Annual report on the working of the mental hospitals in the Madras Presidency - 1912-1932
Year: 1912
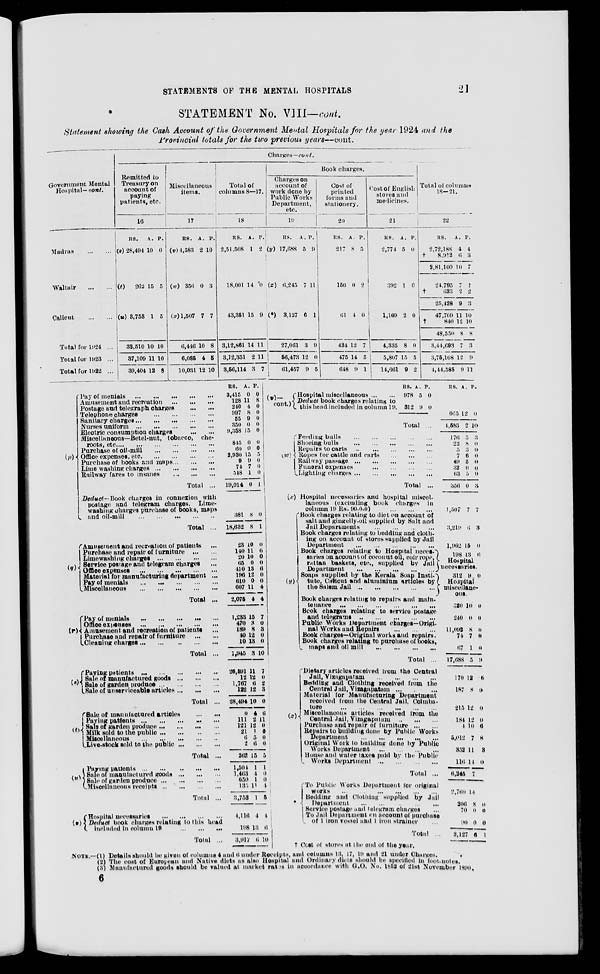
STATEMENTS OF THE MENTAL HOSPITALS
21
STATEMENT No. VIII—cont.
Statement showing the Cash Account of the Government Mental Hospitals for the year 1924 and the
Provincial totals for the two previous years—cont.
Government Mental
Hospital—cont.
Madras
...
...
Waltair
...
...
Calicut
...
...
Total for 1924 ...
Total for 1923 ...
Total for 1922 ...
Charges—cont.
Remitted to
Treasury on
account of
paying
patients, etc.
16
RS.
(s) 28,494
A.
10
P.
0
(t)
262 15 5
(u) 3,753 1 5
32,510
37,109
39,404
10
11
12
10
10
8
Miscellaneous
items.
17
RS.
(v) 4,583
A.
2
P.
10
(w) 356 0 3
(x) 1,507 7 7
6,446
6,085
10,031
10
4
12
8
5
10
Total of
columns 8—17.
18
RS.
2,51,508
A.
1
P.
2
18,001 14 0
43,351 15 9
3,12,861
3,12,351
3,56,114
14
2
3
11
11
7
Book charges.
Charges on
account of
work done by
Public Works
Department,
etc.
19
RS.
(y) 17,688
A.
5
P.
9
(z) 6,245 7 11
(*) 3,127 6 1
27,061
56,473
61,457
3
12
9
9
0
5
Cost of
printed
forms and
stationery.
20
RS.
217
A.
8
P.
5
156 0 2
61 4 0
434
475
648
12
14
9
7
5
1
Cost of English
stores and
medicines.
21
RS.
2,774
A.
5
P.
0
392 1 0
1,169 2 0
4,335
5,807
14,661
8
15
9
0
5
2
Total of columns
18—21.
22
RS.
2,72,188
†
8,912
2,81,100
24,795
†633
25,428
47,709
†
840
48,550
3,44,693
3,75,108
4,44,585
A.
4
6
10
7
2
9
11
12
8
7
12
9
P.
4
3
7
1
2
3
10
10
8
3
9
11
(p)
Pay of menials
...
...
...
...
...
Amusement and recreation
...
...
...
Postage and telegraph, charges
...
...
Telephone charges ... ... ... ...
Sanitary charges
...
...
...
...
...
Nurses uniform
...
...
...
...
...
Electric consumption charges
...
...
Miscellaneous—Betel-nut, tobacco, che-
roots
etc.
...
...
...
...
...
...
Purchase of oil-mill
...
...
...
...
Office expenses, etc.
...
...
...
...
Purchase of books and maps ... ... ...
Lime washing charges
...
...
...
...
Railway fares to
insanes
...
...
...
Total ...
Deduct —Book charges in connexion with
postage and telegram charges. Lime-
washing charges purchase of books, maps
and oil-mill
...
...
...
...
...
Total ...
(q)
Amusement and recreation of patients
...
Purchase and repair of furniture
...
...
Limewashing charges ... ... ... ...
Service postage and telegram charges
...
Office expenses
...
...
...
...
...
Material for manufacturing department ...
Pay of menials
...
...
...
...
...
Miscellaneous
...
...
...
...
...
Total ...
(r)
(s)
Pay of menials ... ... ... ... ...
Office expenses
...
...
...
...
...
Amusement and recreation of patients
...
Purchase and repair of furniture
...
...
Cleaning charges
...
...
...
...
...
Total ...
Paying patients
...
...
...
...
...
Sale of manufactured goods
...
...
...
Sale of garden produce
...
...
...
...
Sale of unserviceable articles
...
...
...
Total ...
(t)
Sale of manufactured articles
...
...
Paying patients ... ... ... ... ...
Sale of garden produce ... ... ... ...
Milk sold to the public
...
...
...
...
Miscellaneous
...
...
...
...
...
Live-stock sold to the public
...
...
...
Total ...
(u)
Paying patients
...
...
...
...
...
Sale of manufactured goods
...
...
...
Sale of garden produce
...
...
...
...
Miscellaneous receipts
...
...
...
...
Total ...
(v)
Hospital necessaries
...
...
...
...
Deduct book charges relating to this head
included In column 19
...
...
...
Total ...
RS.
3,415
128
240
997
55
350
9,358
845
60
2,930
9
74
548
19,014
318
18,632
23
140
20
65
410
196
610
607
2,075
1,233
470
189
40
10
1,945
26,591
12
1,767
122
28,494
0
111
121
21
6
2
262
1,504
1,463
650
135
3,753
4,116
A.
0
11
4
8
9
0
15
0
0
15
9
7
1
0
8
8
10
11
10
0
13
12
0
11
4
15
3
8
12
13
3
11
12
6
12
10
4
2
12
1
5
6
15
1
4
1
11
1
4
P.
0
8
0
0
0
0
0
0
0
5
0
0
0
1
0
1
0
6
0
0
6
0
0
4
4
7
0
3
0
0
10
7
0
2
3
0
6
11
0
0
0
0
5
1
0
0
4
5
4
198
3,917
13
6
6
10
(v)—
cont.)
Hospital miscellaneous ... ...
Deduct book charges relating to
this head included in column 19.
RS.
978
312
A.
5
9
P.
0
0
Total ...
RS. A. P.
665
4,583
12
2
0
10
(w)
Feeding bulls
...
...
...
...
...
Shoeing bulls
...
...
...
...
...
Repairs to carts
...
...
...
...
...
Ropes for cattle and carts
...
...
...
Railway passage
...
...
...
...
...
Funeral expenses ... ... ... ...
Lighting charges
...
...
...
...
...
Total ...
(x)
(y)
Hospital necessaries and hospital miscel-
laneous (excluding book charges in
column 19 Rs. 90-0-0)
...
...
...
Book charges relating to diet on account of
salt and gingelly-oil supplied by Salt and
Jail Departments ... ... ... ...
Book charges relating to bedding and cloth-
ing on account of stores supplied by Jail
Department
...
...
...
...
...
Book charges relating to Hospital neces-
saries on account of coconut oil, coir rope
rattan baskets, etc., supplied by Jail
Department
...
...
...
...
...
Soaps supplied by the Kerala Soap Insti-
tute, Calicut and aluminium articles by
the Salem Jail
...
...
...
...
...
Book charges relating to repairs and main,
tenance
...
...
...
...
...
...
Book charges relating to service postage
and telegrams
...
...
...
...
...
Public Works Department charges—Origi-
nal Works and Repairs ... ... ...
Book charges—Original works and repairs.
Book charges relating to purchase of books.
maps and oil mill
...
...
...
...
Total ...
(z)
Dietary articles received from the Central
Jail, Vizagapatam
...
...
...
...
Bedding and Clothing received from the
Central Jail, Vizagapatam ... ... ...
Material for Manufacturing Department
received from the Central Jail, Coimba-
tore
...
...
...
...
...
...
Miscellaneous articles received from the
Central Jail, Vizagapatam ... ... ...
Purchase and repair of furniture
...
...
Repairs to building done by Public Works
Department ... ... ... ... ...
Original Work to building done by Public
Works Department
...
...
...
...
House and water taxes paid by the Public
Works Department ... ... ... ...
Total ...
To Public Works Department for original
works
...
...
...
...
...
...
Bedding and Clothing supplied by Jail
Department ... ... ... ... ...
Service postage and telegram changes ...
To Jail Department on account of purchase
of 1 iron vessel and 1 iron strainer ...
Total ...
176
22
5
7
49
32
63
356
1,507
3,219
1,962
198
5
8
3
6
5
0
5
0
7
6
15
13
3
0
0
0
0
0
0
3
7
3
0
6
Hospital
necessaries.
312 9 0
Hospital
miscellane-
ous.
520
240
11,092
74
67
17,688
170
187
215
184
4
5,012
332
116
6,245
2,760
206
70
90
3,127
10
0
8
7
1
5
12
8
12
12
10
7
11
14
7
14
8
0
0
6
0
0
0
0
0
9
6
0
0
0
6
8
3
0
0
0
0
1
† Cost of stores at the end of the year.
NOTE.—(1) Details should be given of columns 4 and 6 under Receipts, and columns 13, 17, 19 and 21 under Charges.
(2) The cost of European and Native diets as also Hospital and Ordinary diets should he specified in foot-notes.
(3) Manufactured goods should be valued at market rates in accordance with G.O. No. 1852 of 21st November 1890.
6